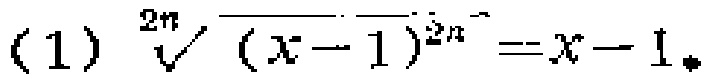
\((1)\) $\sqrt[2n]{(x - 1)^{2n}} = x - 1$